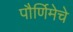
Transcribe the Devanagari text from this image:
पौर्णिमेचे